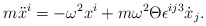
\begin{align*}m\ddot x^{i}=-\omega^{2}x^{i}+ m\omega^{2}\Theta\epsilon^{ij3}\dot x_{j}.\end{align*}